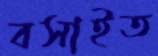
বসাইত